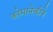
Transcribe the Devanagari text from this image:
कोमानेचीने